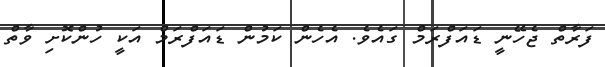
ފަރާތް ޖެހޭނީ ޑައަފްރަމް ގައެވެ. އެހެން ކަމުން ޑައަފްރަމް އަކީ ހުންކޮށި ވާތް